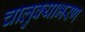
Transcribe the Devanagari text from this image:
चालुक्याभरण